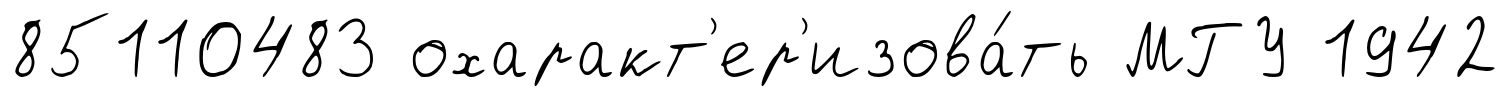
85110483 охаракт'ер'изова́ть МГУ 1942